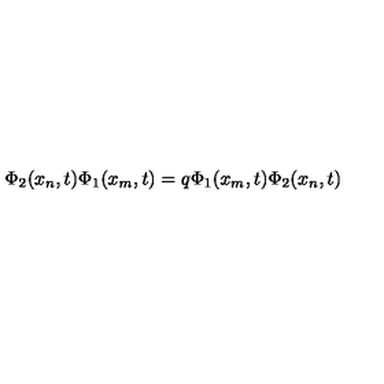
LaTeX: \Phi _ { 2 } ( x _ { n } , t ) \Phi _ { 1 } ( x _ { m } , t ) = q \Phi _ { 1 } ( x _ { m } , t ) \Phi _ { 2 } ( x _ { n } , t )